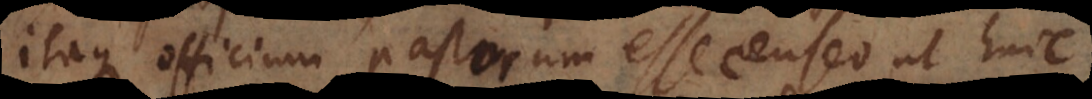
itaque officium pastorum esse censeo ut huic